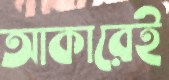
আকারেই